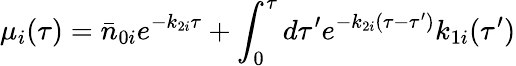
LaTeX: \mu_{i}(\tau)=\bar{n}_{0i}e^{-k_{2i}\tau}+\int_{0}^{\tau}d\tau^{\prime}e^{-k_{2i}(\tau-\tau^{\prime})}k_{1i}(\tau^{\prime})